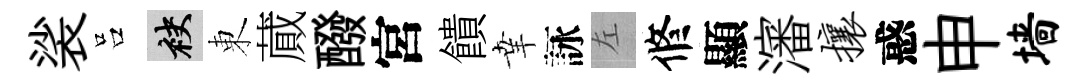
裟吕袂東蕆醱宮饋𦍒詠左修顯瀋攘惑申墙